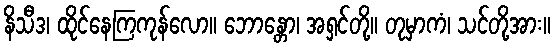
နိသီဒ၊ ထိုင်နေကြကုန်လော။ ဘောန္တော၊ အရှင်တို့။ တုမှာကံ၊ သင်တို့အား။